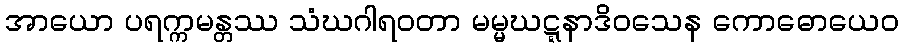
အာယော ပရက္ကမန္တဿ သံဃဂါရဝတာ မမ္မဃဋ္ဋနာဒိဝသေန ကောဓောယေဝ